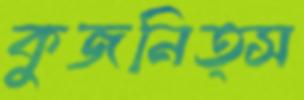
কুজনিত্স